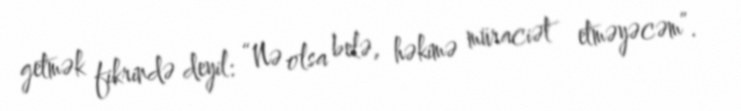
getmək fikrində deyil: “Nə olsa belə, həkimə müraciət etməyəcəm”.